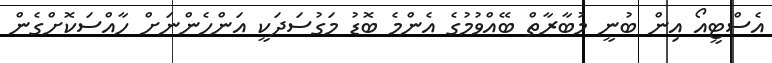
އެސްޓީއޯ އިން ބުނީ މުބާރާތް ބޭއްވުމުގެ އެންމެ ބޮޑު މަގުސަދަކީ އަންހެންނަށް ހާއްސަކޮށްގެން